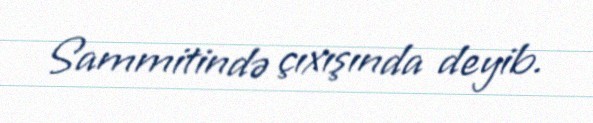
Sammitində çıxışında deyib.